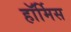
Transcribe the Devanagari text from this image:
हॉर्मिस